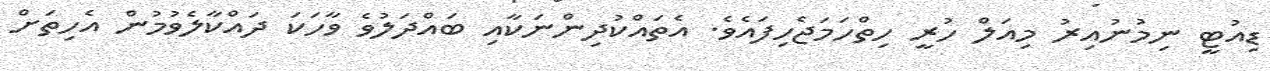
ޑިއުޓީ ނިމުނުއިރު މިއަލް ހުރީ ހިތްހަމަޖެހިފައެވެ. އެތައްކުދިންނަކާއި ބައްދަލުވެ ވާހަކަ ދައްކާލެވުމުން އެހިތަށް